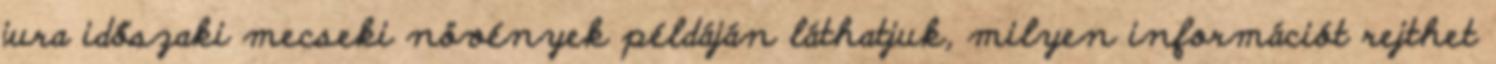
jura időszaki mecseki növények példáján láthatjuk, milyen információt rejthet